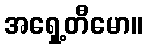
အရှေ့တီမော။